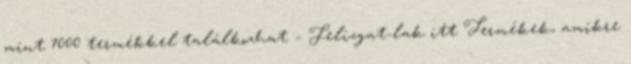
mint 7000 termékkel találkozhat – Felizgat-lak itt Termékek, amikre